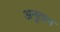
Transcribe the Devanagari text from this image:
अनुतान